Indian journal of veterinary science and animal husbandry - Volumes 26-27, 1956-1957
Year: 1956
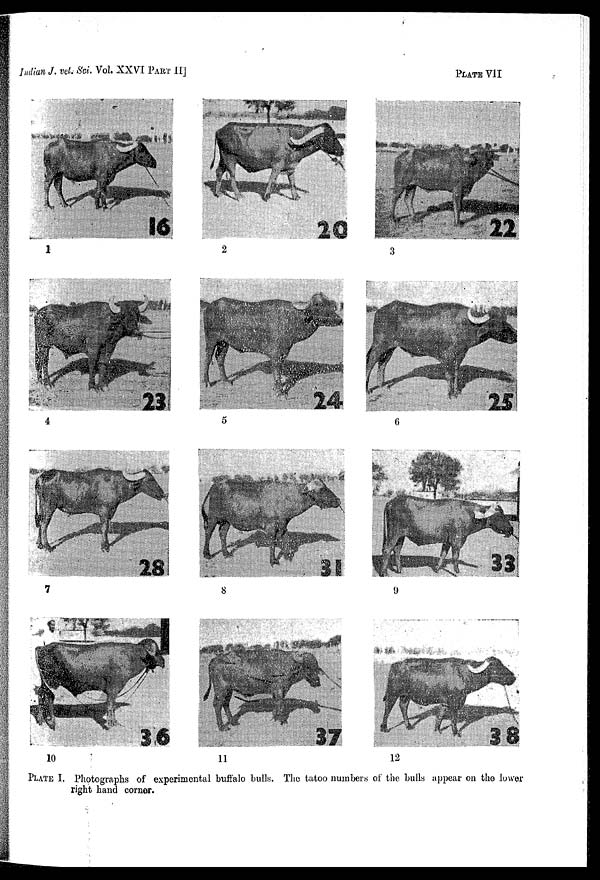
Indian J. vet. Sci. Vol. XXVI PART II]
PLATE VII
PLATE I. Photographs of experimental buffalo bulls. The tatoo numbers of the bulls appear on the lower
right hand corner.